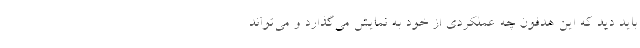
باید دید که این هدفون چه عملکردی از خود به نمایش می‌گذارد و می‌تواند